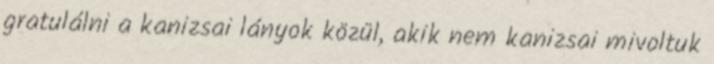
gratulálni a kanizsai lányok közül, akik nem kanizsai mivoltuk